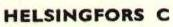
HELSINGFORS C